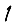
Digit: 1